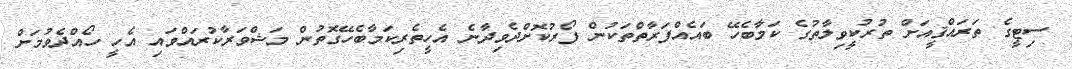
ސިޓީގެ ތަރައްޤީއަށް ތުރުކީވިލާތުގެ ކަމާބެހޭ ބައެއްފަރާތްތަކުން ފޯރުކޮށްދެވިދާނެ އެހީތެރިކަމާބެހޭގޮތުން މަޝްވަރާކުރައްވައި އެހީ ހޯއްދެވުމަށް